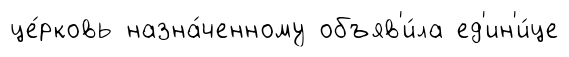
це́рковь назна́ченному объяв'и́ла ед'ин'и́це